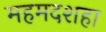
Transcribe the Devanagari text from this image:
महमदशहा